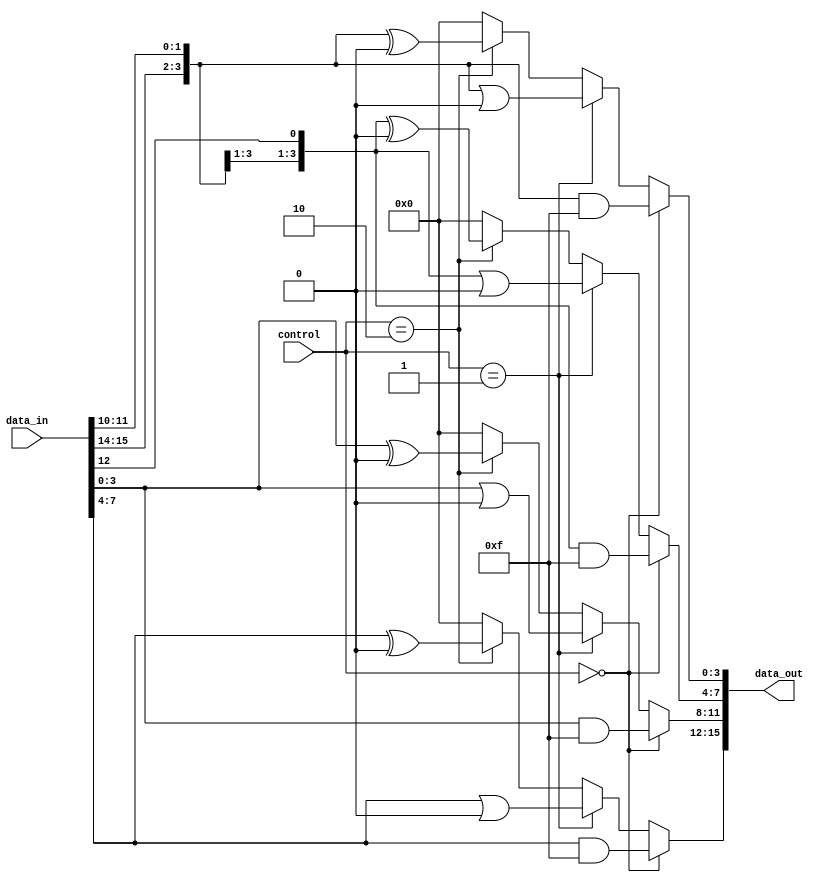
module adjacency_groups (
    input wire [15:0] data_in,      // 4x4 grid input (16 bits)
    input wire [1:0] control,        // Control signals for operation mode
    output wire [15:0] data_out      // Output results
);

// Internal signals for grouped data
wire [3:0] group_0, group_1, group_2, group_3;
wire [3:0] group_4, group_5, group_6, group_7;
wire [3:0] group_8, group_9, group_10, group_11;
wire [3:0] group_12, group_13, group_14, group_15;

// Grouping logic based on adjacency (2D)
assign group_0 = {data_in[15], data_in[14], data_in[11], data_in[10]}; // Top-left
assign group_1 = {data_in[15], data_in[14], data_in[11], data_in[12]}; // Top-right
assign group_2 = {data_in[3], data_in[2], data_in[1], data_in[0]};     // Bottom-left
assign group_3 = {data_in[7], data_in[6], data_in[5], data_in[4]};     // Bottom-right

// Processing logic based on control signals
wire [3:0] processed_group_0, processed_group_1, processed_group_2, processed_group_3;

assign processed_group_0 = (control == 2'b00) ? (group_0 & 4'b1111) : // AND operation
                           (control == 2'b01) ? (group_0 | 4'b0000) : // OR operation
                           (control == 2'b10) ? (group_0 ^ 4'b0000) : // XOR operation
                           4'b0000; // Default

assign processed_group_1 = (control == 2'b00) ? (group_1 & 4'b1111) :
                           (control == 2'b01) ? (group_1 | 4'b0000) :
                           (control == 2'b10) ? (group_1 ^ 4'b0000) :
                           4'b0000;

assign processed_group_2 = (control == 2'b00) ? (group_2 & 4'b1111) :
                           (control == 2'b01) ? (group_2 | 4'b0000) :
                           (control == 2'b10) ? (group_2 ^ 4'b0000) :
                           4'b0000;

assign processed_group_3 = (control == 2'b00) ? (group_3 & 4'b1111) :
                           (control == 2'b01) ? (group_3 | 4'b0000) :
                           (control == 2'b10) ? (group_3 ^ 4'b0000) :
                           4'b0000;

// Output generation
assign data_out = {processed_group_3, processed_group_2, processed_group_1, processed_group_0};

endmodule